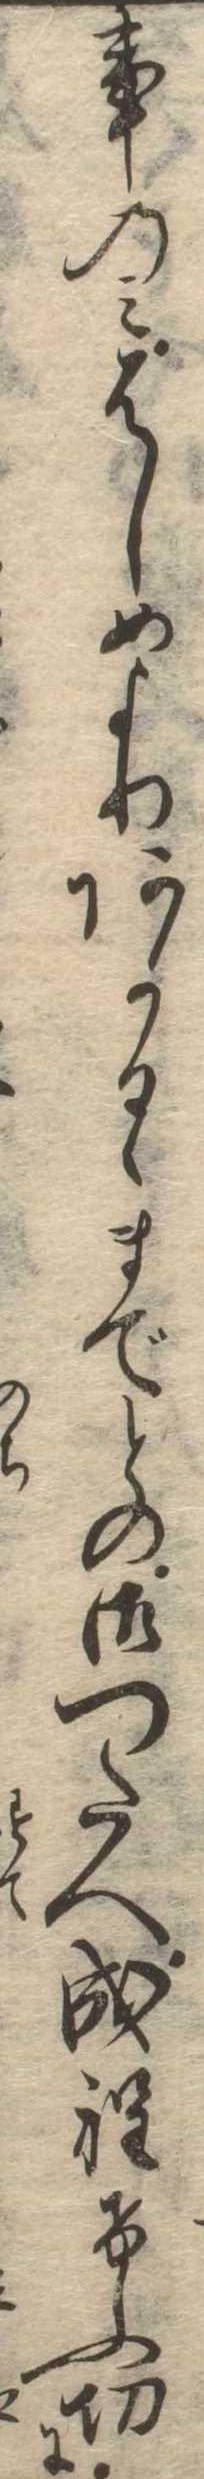
事のみはしめよりあかるゝまでとの御つたへ成程けふ切に